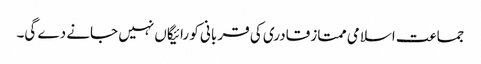
جماعت اسلامی ممتاز قادری کی قر بانی کو رائیگاں نہیں جانے دے گی۔